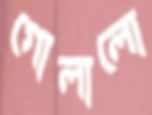
গোলালো